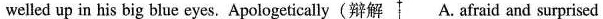
welled up in his big blue eyes. Apologetically (辩解A. Afraid and surprised